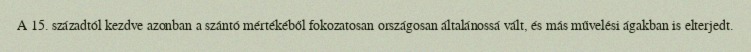
A 15. századtól kezdve azonban a szántó mértékéből fokozatosan országosan általánossá vált, és más művelési ágakban is elterjedt.